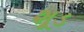
શૂડ